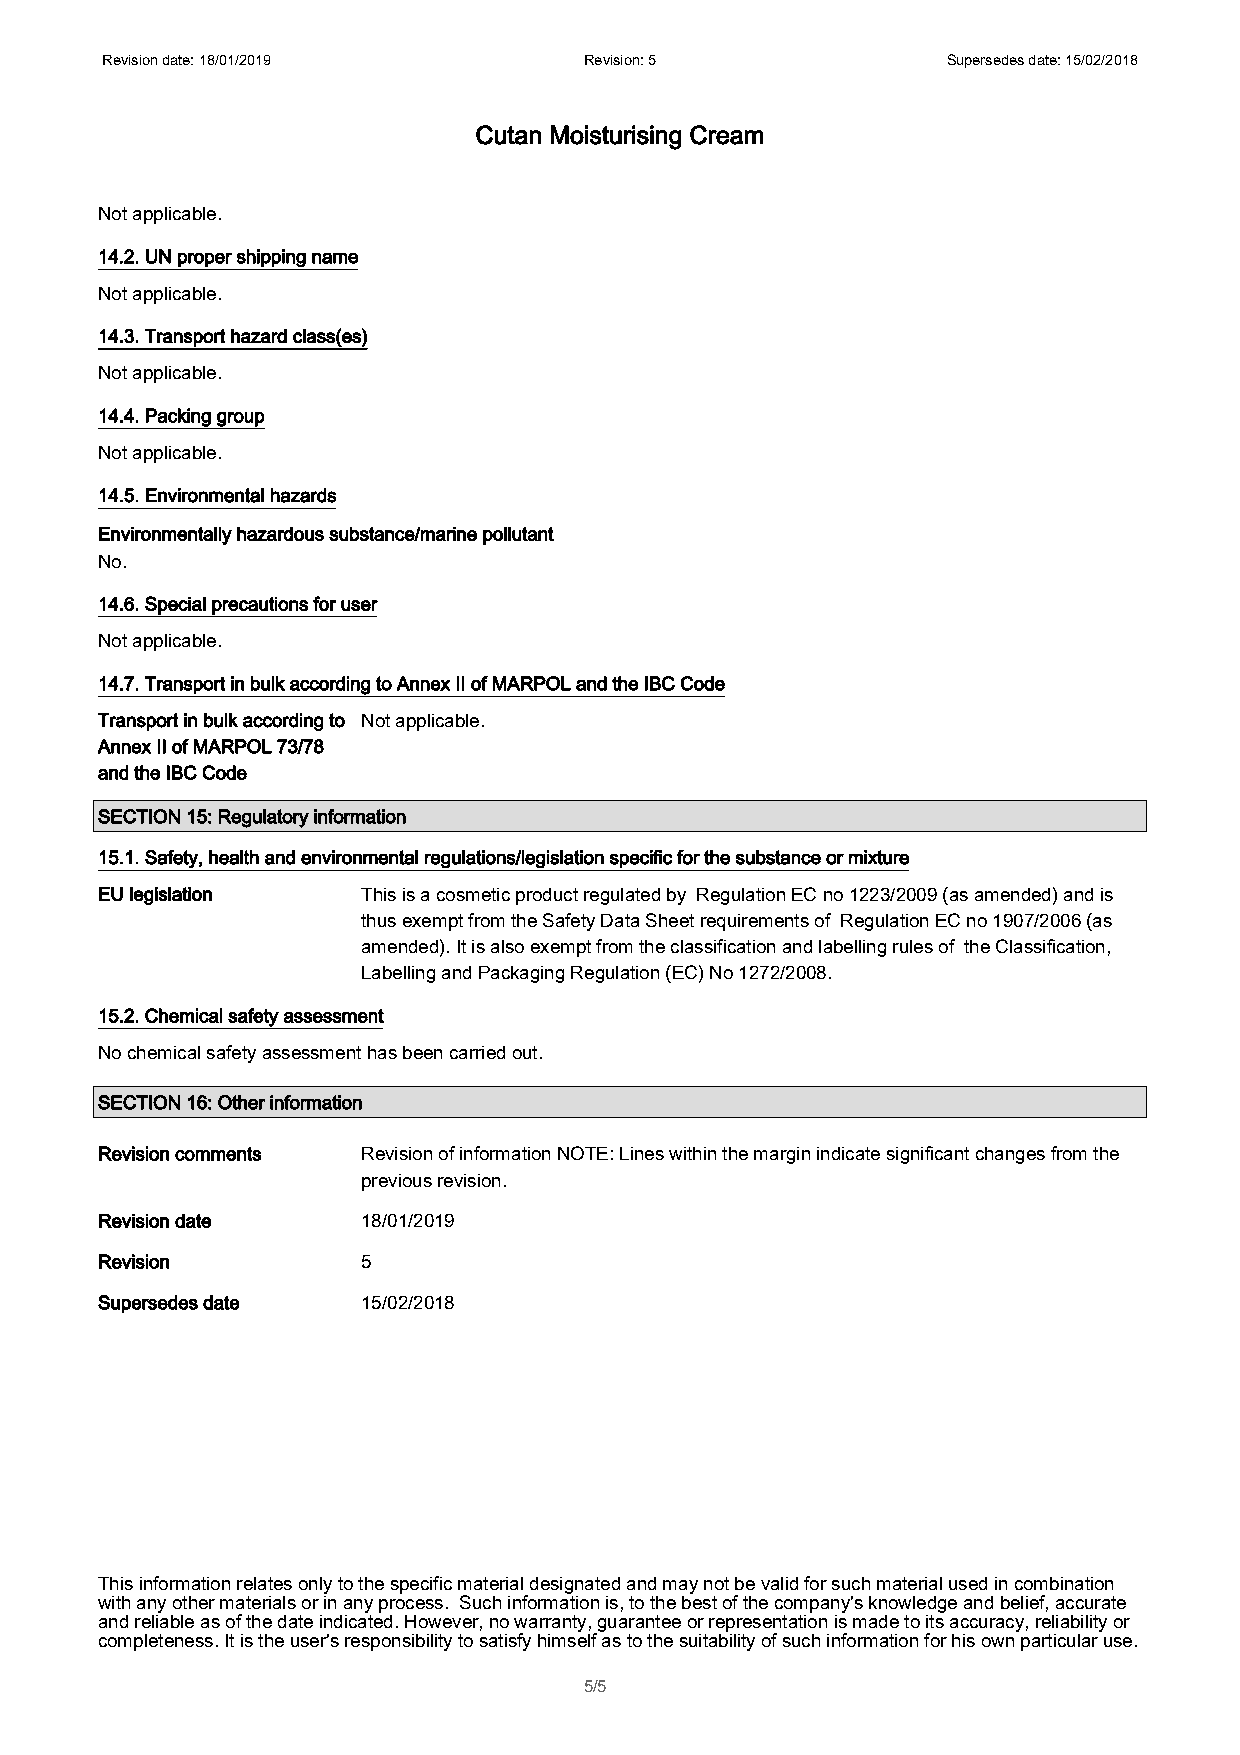
Revision date: 18/01/2019       Revision: 5             Supersedes date: 15/02/2018
 Cutan Moisturising Cream
 Not applicable.
 14.2. UN proper shipping name
 Not applicable.
 14.3. Transport hazard class(es)
 Not applicable.
 14.4. Packing group
 Not applicable.
 14.5. Environmental hazards
 Environmentally hazardous substance/marine pollutant
 No.
 14.6. Special precautions for user
 Not applicable.
 14.7. Transport in bulk according to Annex II of MARPOL and the IBC Code
 Transport in bulk according to Not applicable.
 Annex II of MARPOL 73/78
 and the IBC Code
 SECTION 15: Regulatory information
 15.1. Safety, health and environmental regulations/legislation specific for the substance or mixture
 EU legislation    This is a cosmetic product regulated by Regulation EC no 1223/2009 (as amended) and is
 thus exempt from the Safety Data Sheet requirements of Regulation EC no 1907/2006 (as
 amended). It is also exempt from the classification and labelling rules of the Classification,
 Labelling and Packaging Regulation (EC) No 1272/2008.
 15.2. Chemical safety assessment
 No chemical safety assessment has been carried out.
 SECTION 16: Other information
 Revision comments Revision of information NOTE: Lines within the margin indicate significant changes from the
 previous revision.
 Revision date     18/01/2019
 Revision          5
 Supersedes date   15/02/2018
 This information relates only to the specific material designated and may not be valid for such material used in combination
 with any other materials or in any process. Such information is, to the best of the company's knowledge and belief, accurate
 and reliable as of the date indicated. However, no warranty, guarantee or representation is made to its accuracy, reliability or
 completeness. It is the user's responsibility to satisfy himself as to the suitability of such information for his own particular use.
 5/5